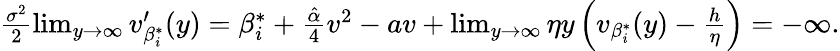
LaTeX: \begin{array}{r}{\frac{\sigma^{2}}{2}\operatorname*{lim}_{y\rightarrow\infty}v_{\beta_{i}^{*}}^{\prime}(y)=\beta_{i}^{*}+\frac{\hat{\alpha}}{4}v^{2}-av+\operatorname*{lim}_{y\rightarrow\infty}\eta y\left(v_{\beta_{i}^{*}}(y)-\frac{h}{\eta}\right)=-\infty.}\end{array}